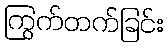
ကြွက်တက်ခြင်း